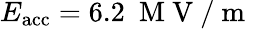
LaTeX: E_{\mathrm{acc}}=6.2\ \mathrm{~M~V~}/\mathrm{~m~}